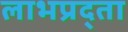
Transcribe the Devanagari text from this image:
लाभप्रद्ता